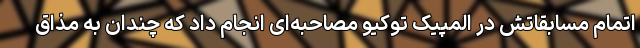
اتمام مسابقاتش در المپیک توکیو مصاحبه‌ای انجام داد که چندان به مذاق